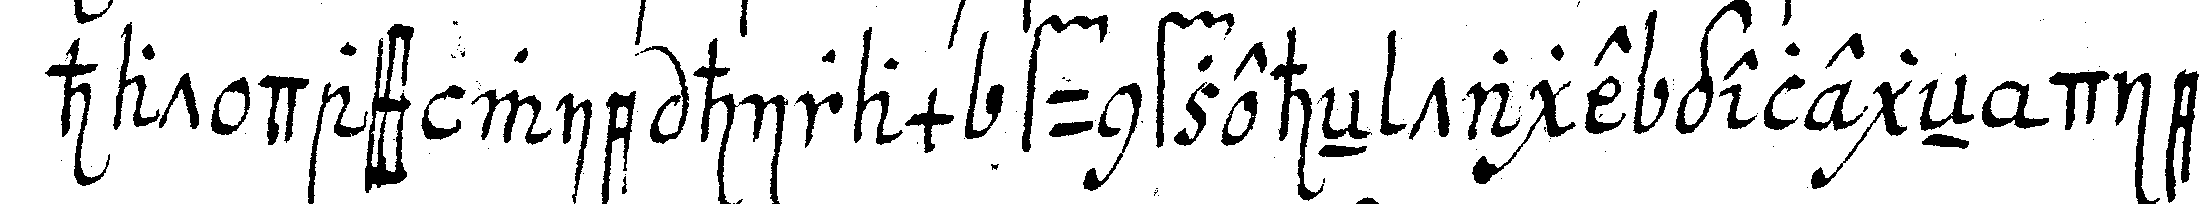
hat dass wie hiram funfzeheN tage gelegeN die